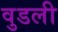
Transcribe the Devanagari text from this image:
वुडली